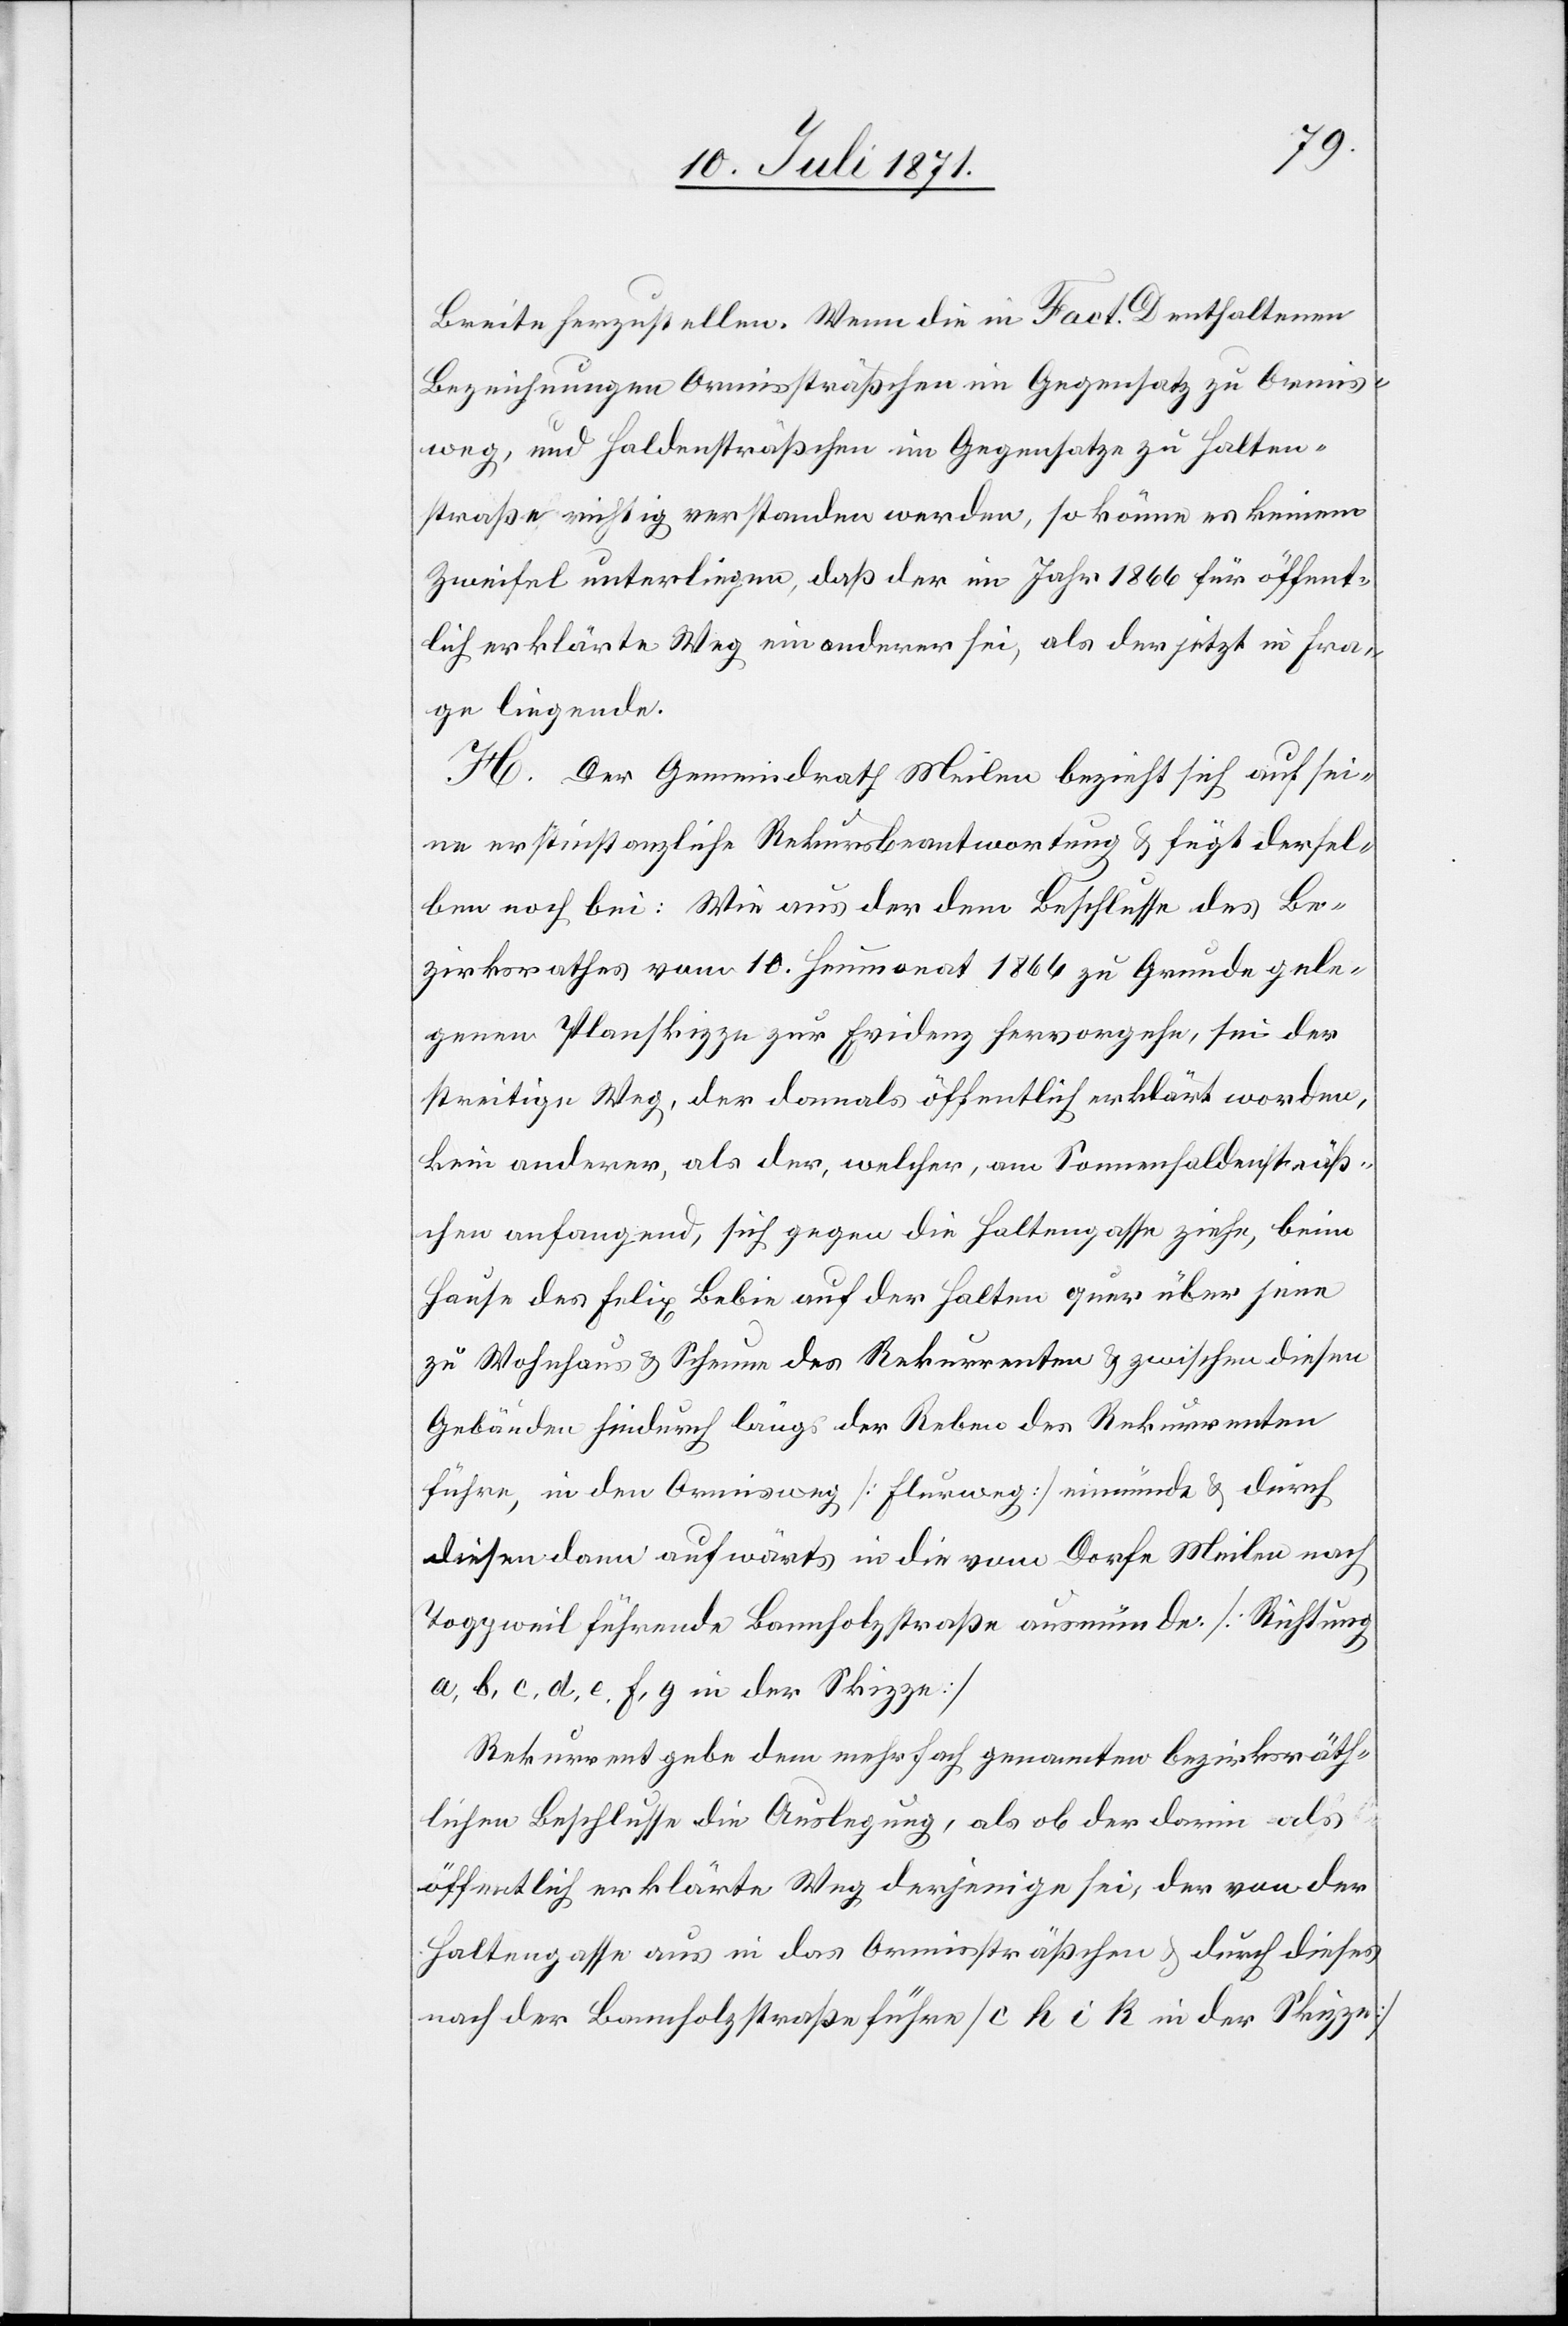
Breite herzustellen. Wenn die in Fact. D enthaltenen
Bezeichnungen Ormissträßchen im Gegensatz zu Ormis¬
weg, und Haldensträßchen im Gegensatze zu Halten¬
straße richtig verstanden werden, so könne es keinem
Zweifel unterliegen, daß der im Jahr 1866 für öffent¬
lich erklärte Weg ein anderer sei, als der jetzt in Fra¬
ge liegende.
H. Der Gemeindrath Meilen bezieht sich auf sei¬
ne erstinstanzliche Rekursbeantwortung u. fügt dersel¬
ben noch bei: Wie aus der dem Beschlusse des Be¬
zirksrathes vom 10. Heumonat 1866 zu Grunde gele¬
genen Planskizze zur Evidenz hervorgehe, sei der
streitige Weg, der damals öffentlich erklärt worden,
kein anderer, als der, welcher, am Sonnenhaldensträß¬
chen anfangend, sich gegen die Haltengasse ziehe, beim
Hause des Felix Bebie auf der Halten quer über jene
zu Wohnhaus u. Scheune des Rekurrenten u. zwischen diesen
Gebäuden hindurch längs der Reben des Rekurrenten
führe, in den Ormisweg [Flurweg] einmünde u. durch
diesen dann aufwärts in die vom Dorfe Meilen nach
Toggweil führende Bannholzstraße ausmünde. [Richtung
a, b, c, d, e, f, g in der Skizze]
Rekurrent gebe dem mehrfach genannten bezirksräth¬
lichen Beschlusse die Auslegung, als ob der darin als
öffentlich erklärte Weg derjenige sei, der von der
Haltengasse aus in das Ormissträßchen u. durch dieses
nach der Bannholzstraße führe [c h i k in der Skizze][.]